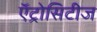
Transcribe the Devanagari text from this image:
ऍट्रोसिटीज